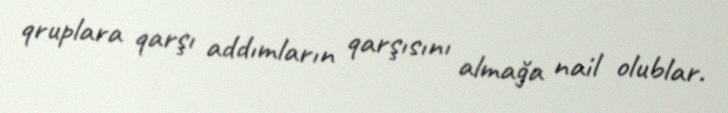
qruplara qarşı addımların qarşısını almağa nail olublar.